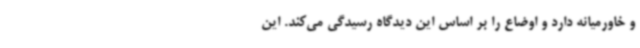
و خاورمیانه دارد و اوضاع را بر اساس این دیدگاه رسیدگی می‌کند. این